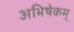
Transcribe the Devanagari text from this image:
अभिषेकम्